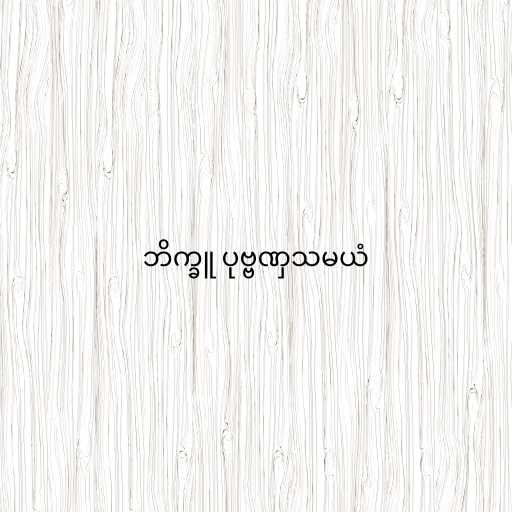
ဘိက္ခူ ပုဗ္ဗဏှသမယံ